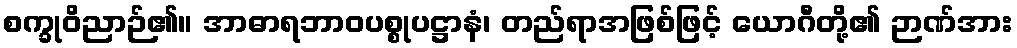
စက္ခုဝိညာဉ်၏။ အာဓာရဘာဝပစ္စုပဋ္ဌာနံ၊ တည်ရာအဖြစ်ဖြင့် ယောဂီတို့၏ ဉာဏ်အား